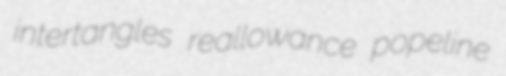
intertangles reallowance popeline